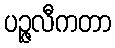
ပဉ္ဇလီကတာ